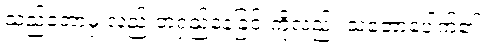
သည်တော့မှ လှည်းတံရှည်နေခြင်းကိုလည်း သဘောပေါက်၏။